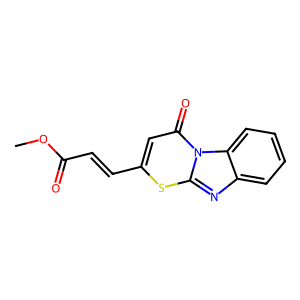
SMILES: COC(=O)C=Cc1cc(=O)n2c(nc3ccccc32)s1
Inhibits HIV replication: No